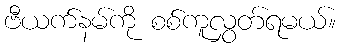
ဗီယက်နမ်ကို စစ်ကူလွှတ်ရမယ်။